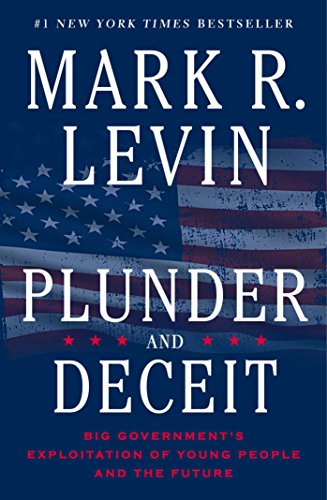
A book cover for Plunder and Deceit; Mark R. Levin; Politics & Social Sciences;